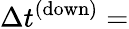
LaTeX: \Delta t^{\mathrm{(down)}}=